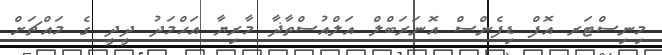
މިނިސްޓަރ އޮފް ޑިފެންސް އޮނަރަބްލް އަލްއުސްތާޛާ މާރިޔާ އަޙްމަދު ދީދީ ގެ މައްޗަށް